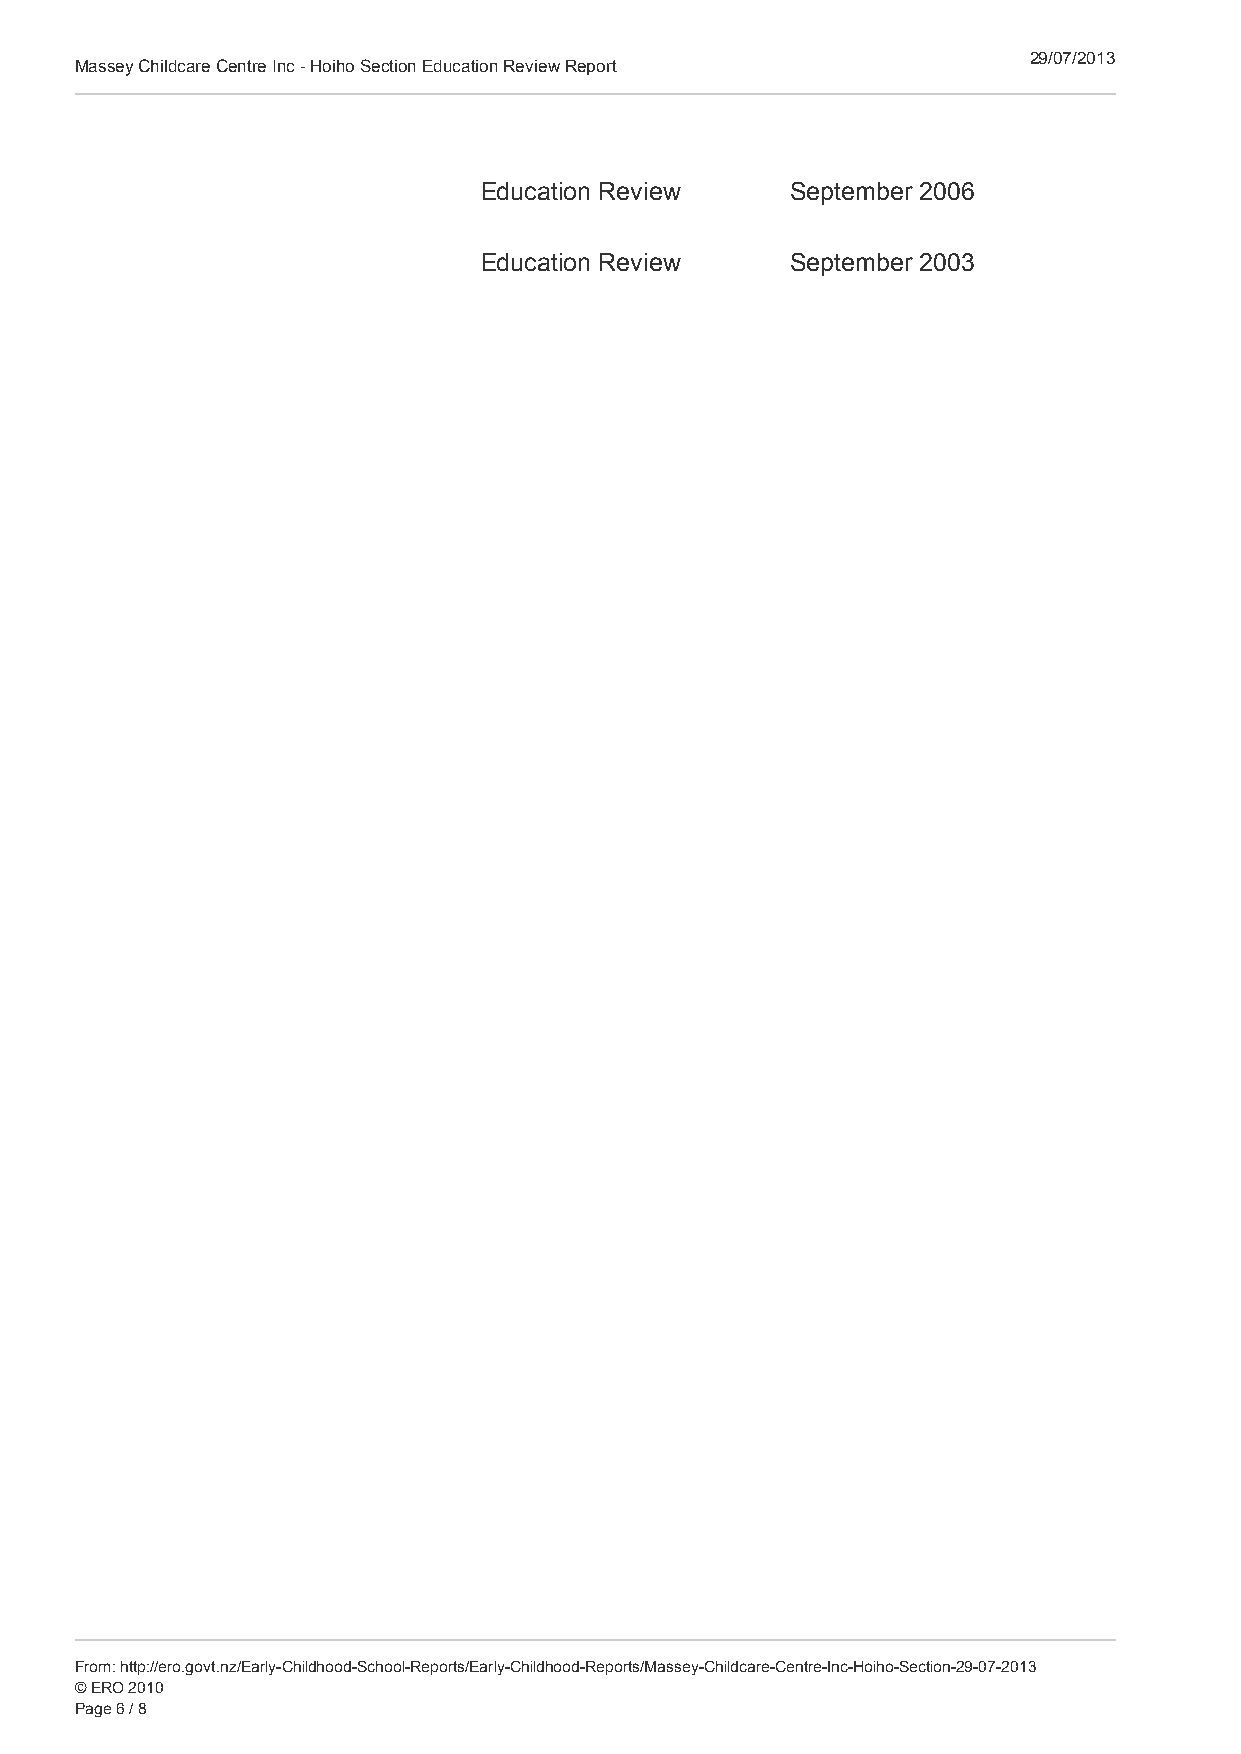
29/07/2013
 Massey Childcare Centre Inc - Hoiho Section Education Review Report
 Education Review    September 2006
 Education Review    September 2003
 3 General  Information about Early Childhood   Reviews
 From: http://ero.govt.nz/Early-Childhood-School-Reports/Early-Childhood-Reports/Massey-Childcare-Centre-Inc-Hoiho-Section-29-07-2013
 © ERO 2010
 Page 6 / 8